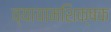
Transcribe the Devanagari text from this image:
व्यायामशिक्षक